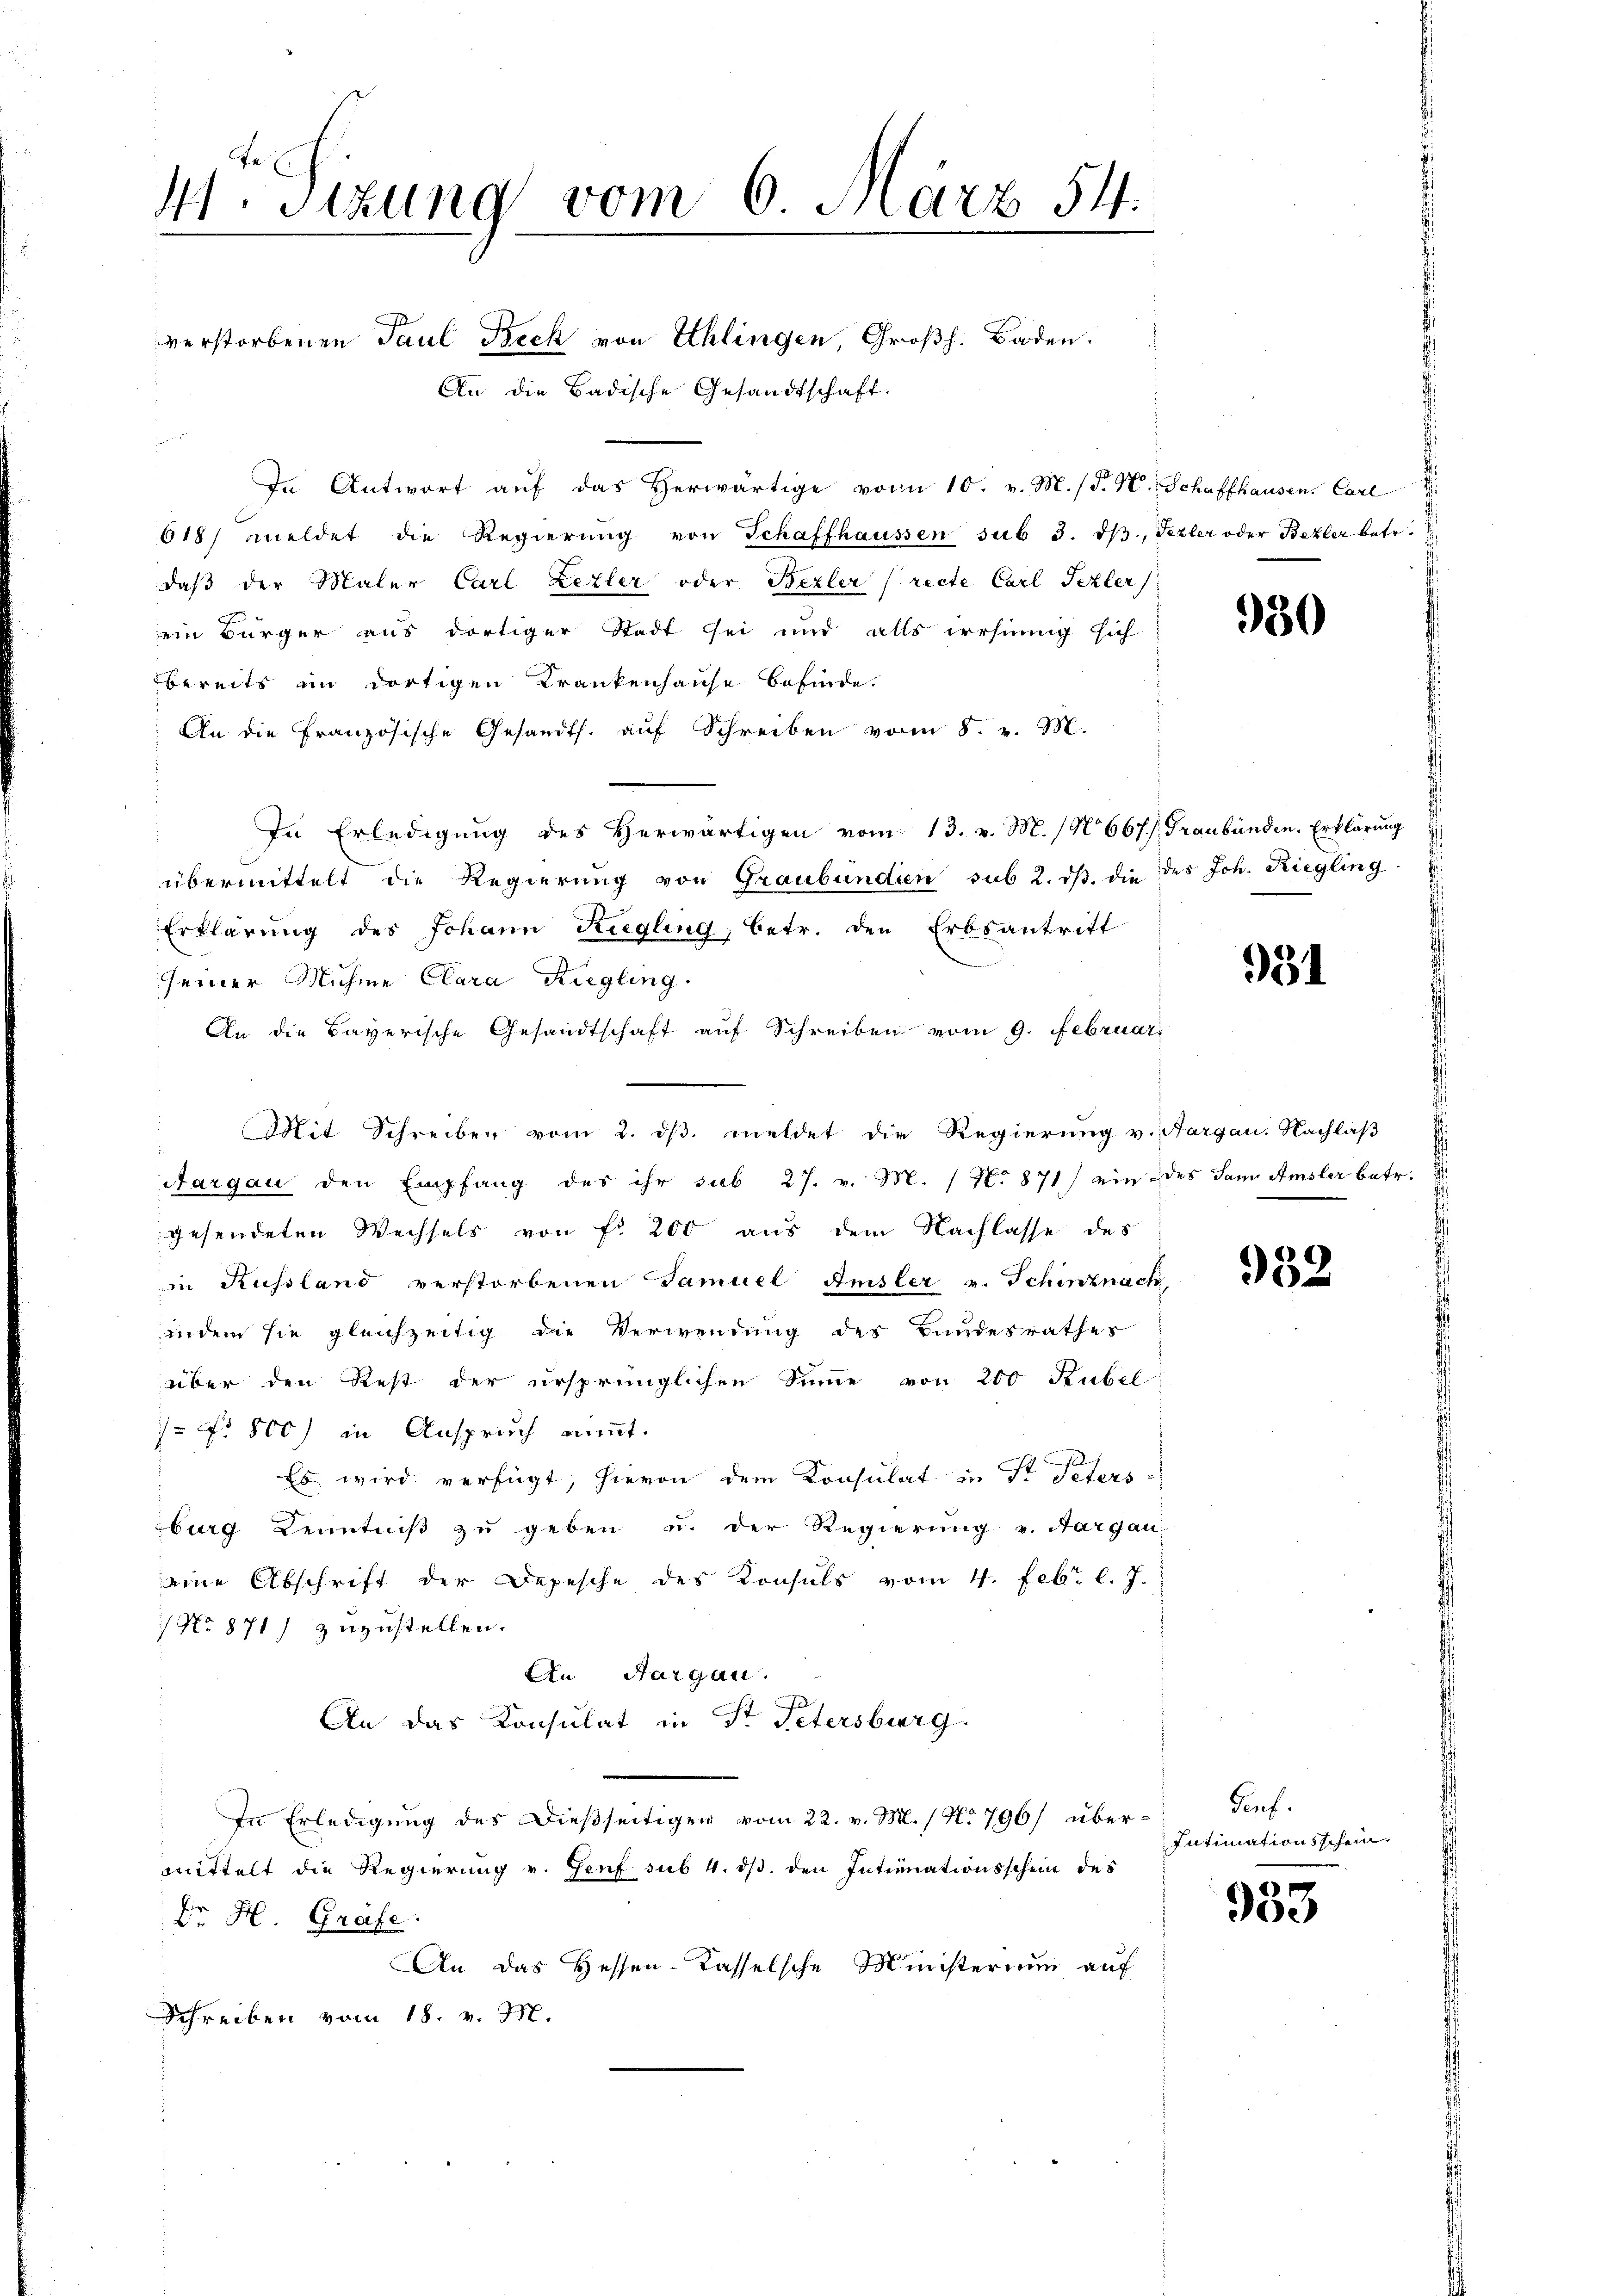
4 Sizung vom 6. März 54.

verstorbenen Paul Beck von Schlingen, Großh. Baden.
An die Badische Gesandtschaft.
In Antwort aŭf das herwärtige von 10. v. M. (T. H. Schaffhausen, Carl
618) meldet die Regierŭng von Schaffhaussen sub 3. dβ, Fezler oder Bezler betr.
daβ der Maler Carl Lezler oder Bezler (recte Carl Pezler
ein Bürger aus dortiger Stadt sei und alls irrsinnig sich
bereits im dortigen Krankenhause befinde.
An die Französische Gesandts. aŭf Schreiben vom 8. v. M.
In Erledigung des Herwärtigen vom 13. v. M. No 667. Graubünden. Erklärung
übermittelt die Regierung von Graubündien sub 2. dβ die des Joh. Riegling-
Erklärung des Johann Riegling, betr. den Erbsantritt
seiner Muhme Clara Riegling
An die Bayerische Gesandtschaft auf Schreiben vom 9. Februar
Mit Schreiben vom 2. dβ. meldet die Regierŭng v. Aargau. Nachlaβ
Aargau den Empfang des ihr sub 27. v. M. / No. 871) ein des San Amsler betr.
gesendeten Wechsels von fr. 200 aus dem Nachlasse des
in Russland verstorbenen Samuel Amsler v. Schinznach
indem sie gleichzeitig die Verwendung der Bundesrathes
über den Rest der ursprünglichen Sinne von 200 Rubel
 Nr. 800) in Anspruch nimmt.
Es wird verfügt, hievon dem Konsulat in St. Peters
burg Kenntniβ zŭ geben u. der Regierŭng v. Aargau,
eine Abschrift der Depesche des Konsuls vom 4. Febr. l. J.
/ No 871) zuzustellen.
An Aargau.
An das Konsulat in Fr Petersburg.
In Erledigung des Dießseitigen vom 22. v. M. / No 796/ übermittelt die Regierung v. Genf sub 4. ds. den Intimnationsschein des
Dr H. Grafe.
An das Hessen-Kasselsche Ministerium auf
Schreiben vom 18. v. M.

930

931

932

Genf.
Intimationsschein

933